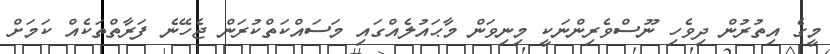
މީގެ އިތުރުން ދިވެހި ނޫސްވެރިންނަކީ މިނިވަން މާޙައުލެއްގައި މަސައްކަތްކުރަން ޖެހޭނެ ފަރާތްތަކެއް ކަމަށް